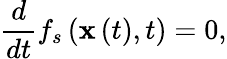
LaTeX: \frac{d}{dt}f_{s}\left(\mathbf{x}\left(t\right),t\right)=0,